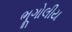
ભૂગોલીય